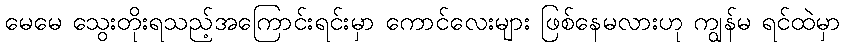
မေမေ သွေးတိုးရသည့်အကြောင်းရင်းမှာ ကောင်လေးများ ဖြစ်နေမလားဟု ကျွန်မ ရင်ထဲမှာ